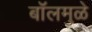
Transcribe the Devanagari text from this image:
बॉलमुळे